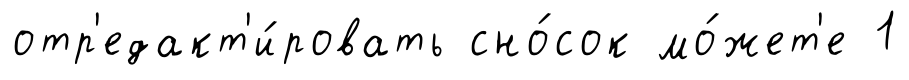
отр'едакт'и́ровать сно́сок мо́жет'е 1